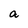
Character: a